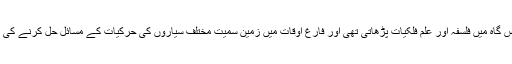
سکندریہ کی ایک درس گاہ میں فلسفہ اور علم فلکیات پڑھاتی تھی اور فارغ اوقات میں زمین سمیت مختلف سیاروں کی حرکیات کے مسائل حل کرنے کی کوشش کیا کرتی تھی۔